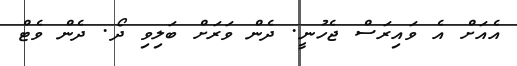
އެއަށް އެ ވައިރަސް ޖެހުނީ. ދެން ވަރަށް ބަލިވި ދޯ. ދެން ވެޓް